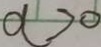
a > 0